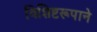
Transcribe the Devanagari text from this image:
विशिष्टरूपाने